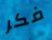
فكر